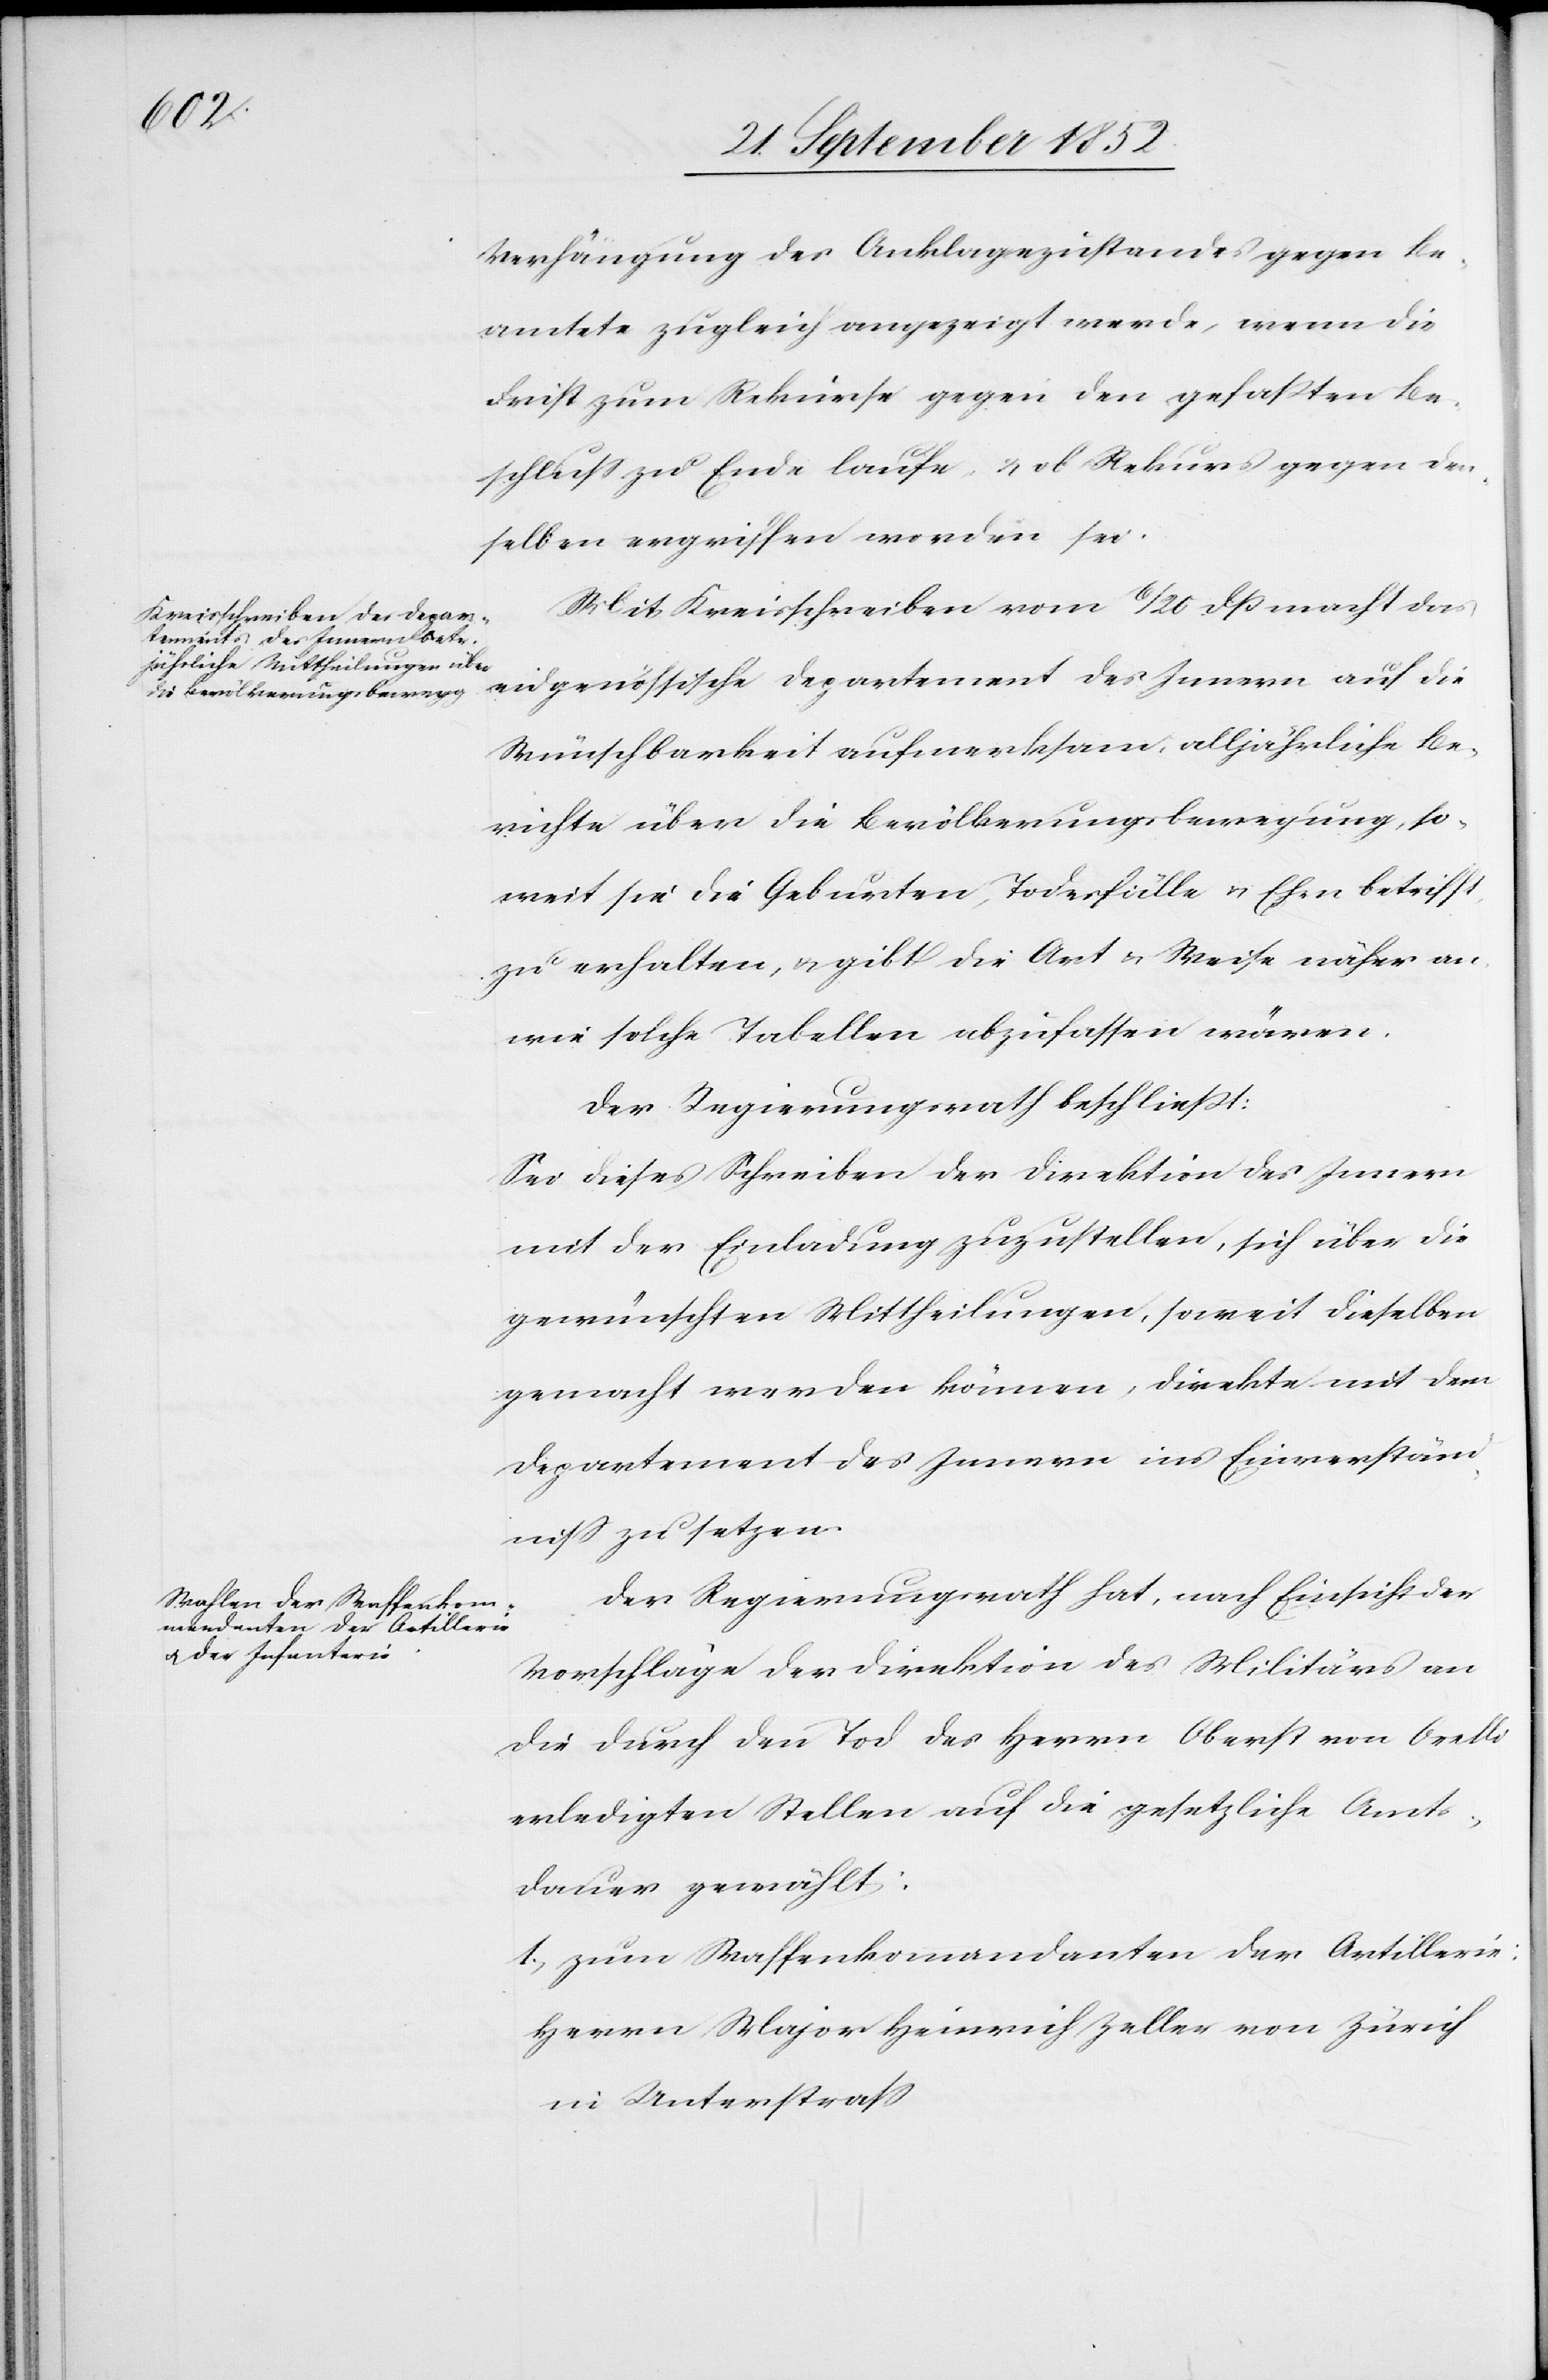
Verhängung des Anklagezustandes gegen Be¬
amtete zugleich angezeigt werde, wenn die
Frist zum Rekurse gegen den gefaßten Be¬
schluss zu Ende laufe, & ob Rekurs gegen den¬
selben ergriffen worden sei.
Mit Kreisschreiben vom 6 / 20 dß macht das
eidgenössische Departement des Innern auf die
Wünschbarkeit aufmerksam, alljährliche Be¬
richte über die Bevölkerungsbewegung, so¬
weit sie die Geburten, Todesfälle & Ehen betrifft,
zu erhalten, & gibt die Art & Weise näher an,
wie solche Tabellen abzufassen wären.
Der Regierungsrath beschließt:
Sei dieses Schreiben der Direktion des Innern
mit der Einladung zuzustellen, sich über die
gewünschten Mittheilungen, soweit dieselben
gemacht werden können, direkte mit dem
Departement des Innern ins Einverständ¬
niss zu setzen.
Der Regierungsrath hat, nach Einsicht der
Vorschläge der Direktion des Militärs an
die durch den Tod des Herrn Oberst von Orelli
erledigten Stellen auf die gesetzliche Amts¬
dauer gewählt:
1, zum Waffenkommandanten der Artillerie:
Herrn Major Heinrich Zeller von Zürich
in Unterstrass